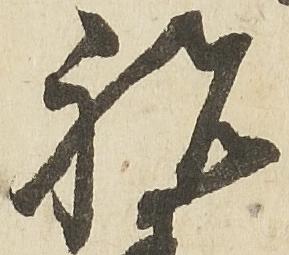
祝